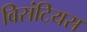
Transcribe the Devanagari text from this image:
विसंटियस